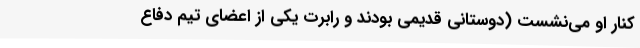
کنار او می‌نشست (دوستانی قدیمی بودند و رابرت یکی از اعضای تیم دفاع